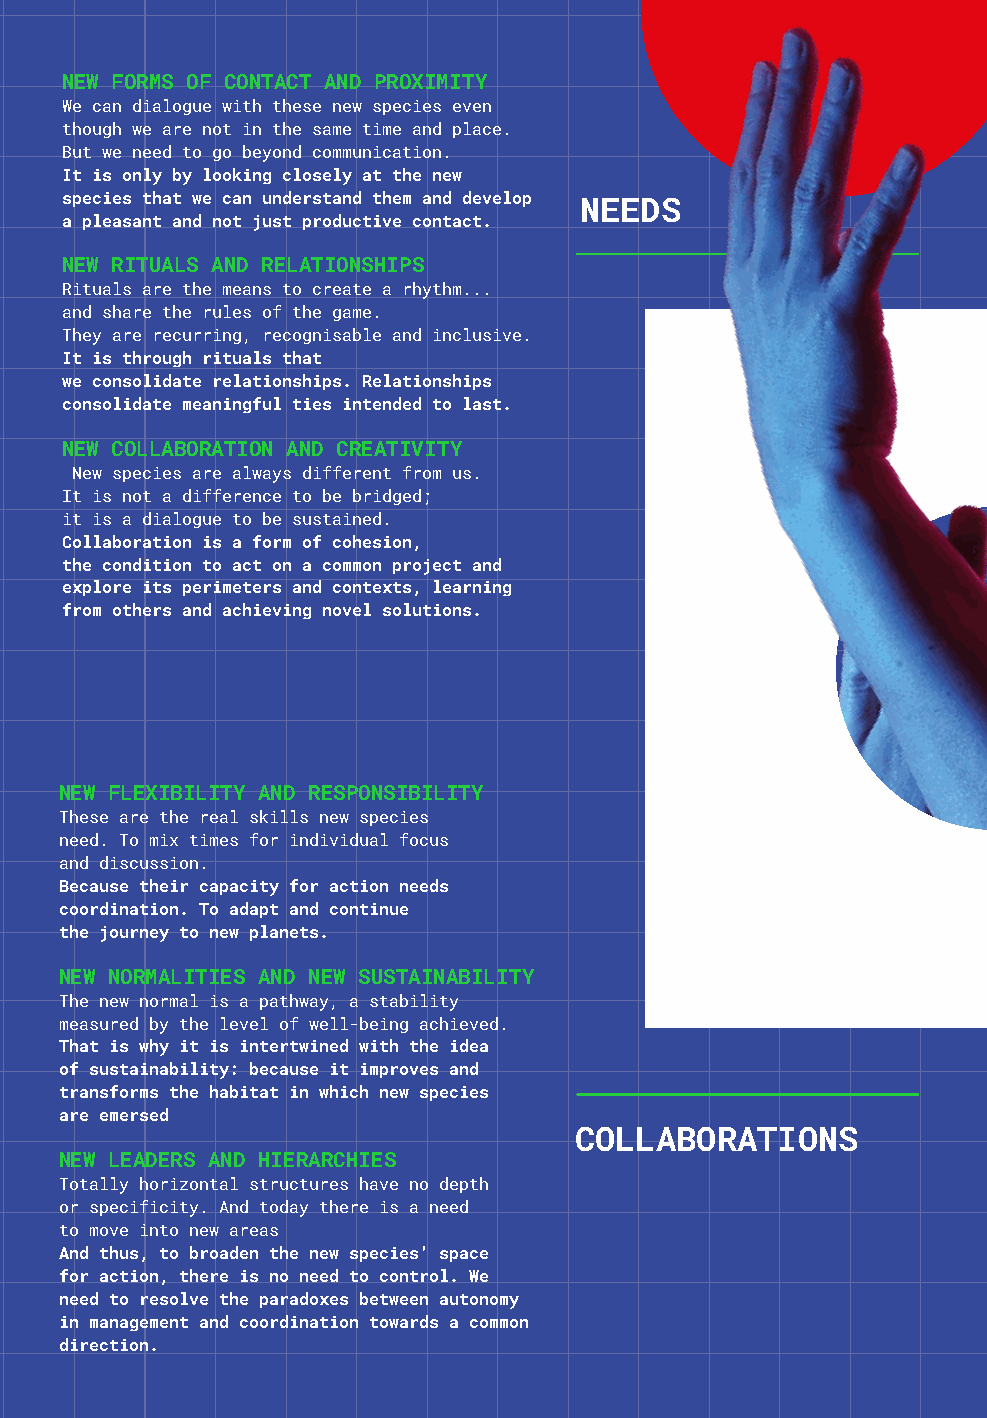
22       weconomy                         milan 45°27′50.98″N 9°11′25.21″E
 NEW FORMS OF CONTACT AND PROXIMITY
 We can dialogue with these new species even
 though we are not in the same time and place.
 But we need to go beyond communication.
 It is only by looking closely at the new
 species that we can understand them and develop NEEDS
 a pleasant and not just productive contact.
 NEW RITUALS AND RELATIONSHIPS
 Rituals are the means to create a rhythm...
 and share the rules of the game.
 They are recurring, recognisable and inclusive.
 It is through rituals that
 we consolidate relationships. Relationships
 consolidate meaningful ties intended to last.
 NEW COLLABORATION AND CREATIVITY
 New species are always different from us.
 It is not a difference to be bridged;
 it is a dialogue to be sustained.
 Collaboration is a form of cohesion,
 the condition to act on a common project and
 explore its perimeters and contexts, learning
 from others and achieving novel solutions.
 NEW FLEXIBILITY AND RESPONSIBILITY
 These are the real skills new species
 need. To mix times for individual focus
 and discussion.
 Because their capacity for action needs
 coordination. To adapt and continue
 the journey to new planets.
 NEW NORMALITIES AND NEW SUSTAINABILITY
 The new normal is a pathway, a stability
 measured by the level of well-being achieved.
 That is why it is intertwined with the idea
 of sustainability: because it improves and
 transforms the habitat in which new species
 are emersed
 COLLABORATIONS
 NEW LEADERS AND HIERARCHIES
 Totally horizontal structures have no depth
 or specificity. And today there is a need
 to move into new areas
 And thus, to broaden the new species’ space
 for action, there is no need to control. We
 need to resolve the paradoxes between autonomy
 in management and coordination towards a common
 direction.